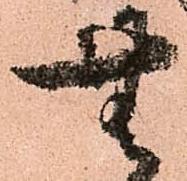
無